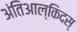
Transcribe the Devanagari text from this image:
अंतिआल्किदस्